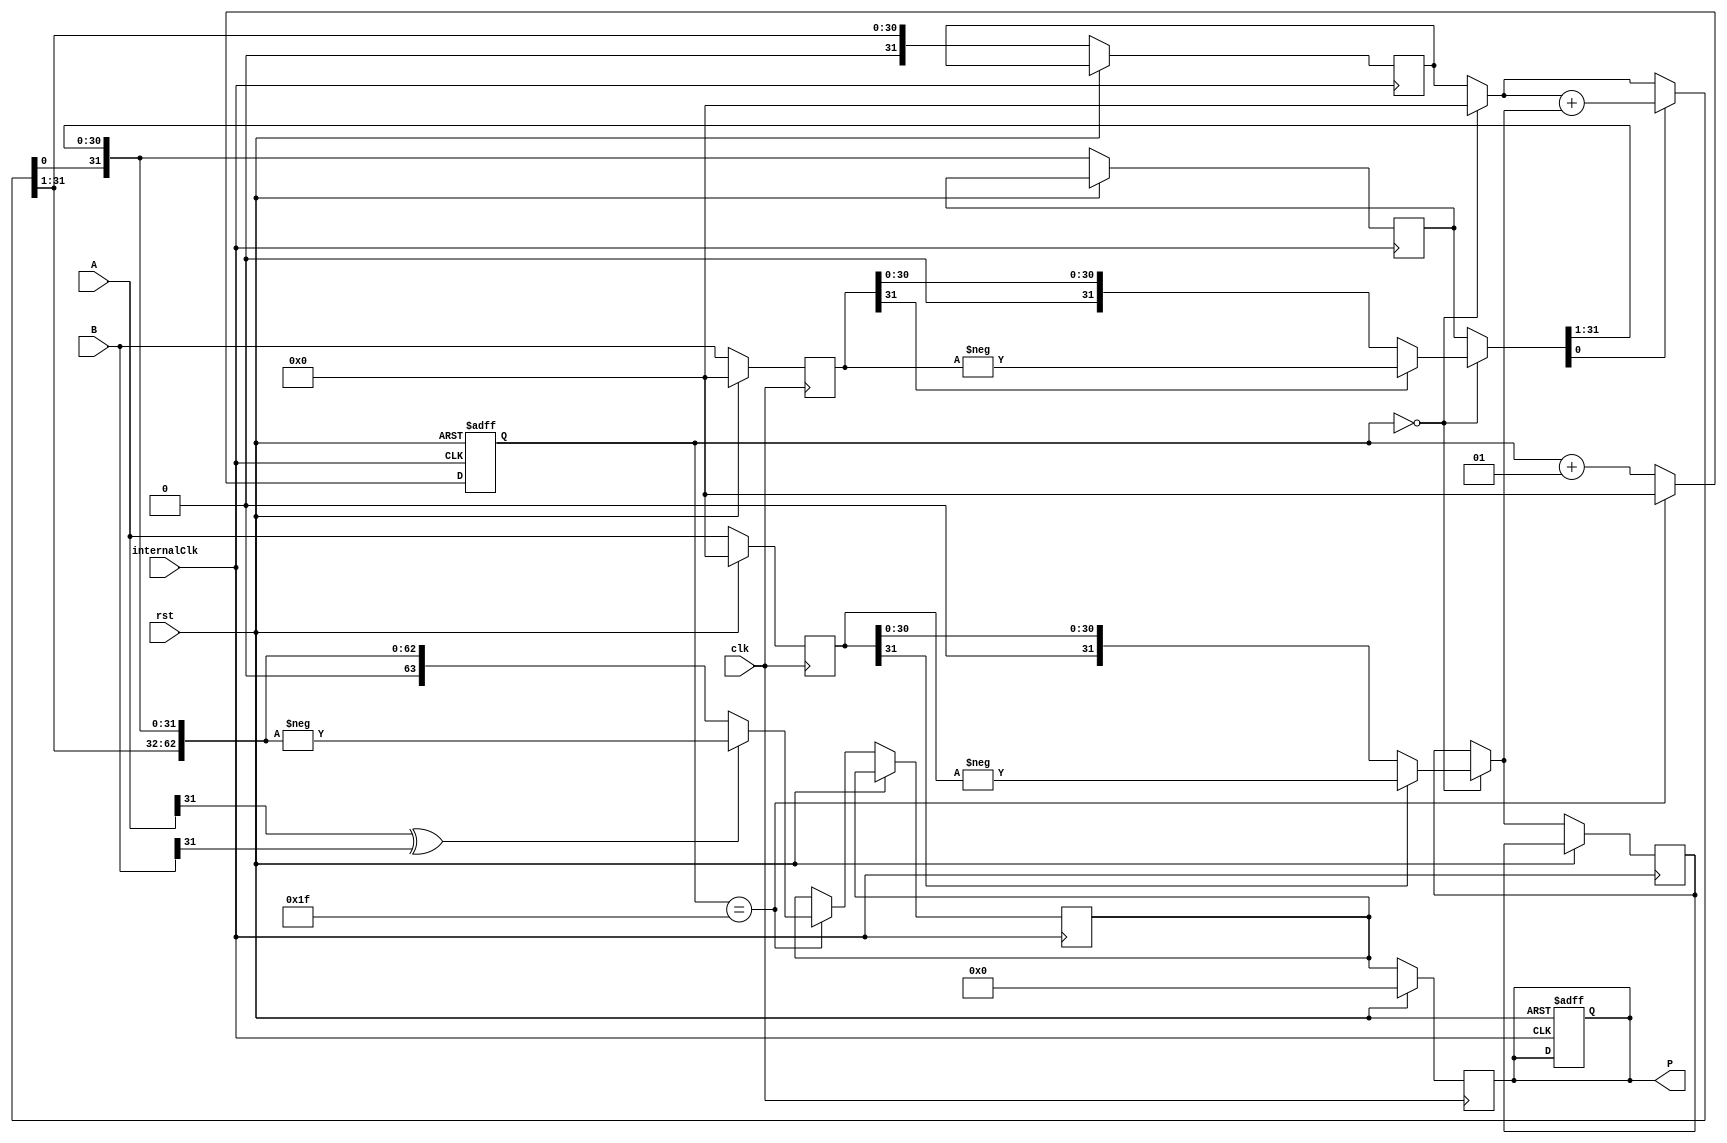
module SeqMultPre (
    clk,
    internalClk,
                rst,
                A,
                B,
                P);
    input clk, rst,internalClk;
    input signed [31:0] A, B;
    output reg [63:0] P;
    
    wire start, sign;
    integer counter;
    
    assign start = (counter == 0);
    assign sign  = A[31] ^ B[31];
    
    reg [31:0] multiplicand, multiplier, Accumulator;
    

    // Input Registers

  reg [31:0] A_reg, B_reg;
  reg [63:0] P_reg; 

  always @(posedge clk) begin
    if (rst) begin 
        A_reg <= 32'b0; B_reg <= 32'b0;
    end
    else begin A_reg <= A; B_reg <= B ;
    end
    end




    always @(posedge internalClk, posedge rst) begin
        if (rst) begin
            counter = 0;
            P       = 0;
            end else begin
            if (start) begin
                multiplicand            = A_reg;
                if (A_reg[31]) multiplicand = -A_reg;
                
                multiplier            = B_reg;
                if (B_reg[31]) multiplier = -B_reg;
                
                Accumulator = 0;
            end
            
            if (multiplier[0]) Accumulator = Accumulator + multiplicand;
            else Accumulator               = Accumulator;
            
            {Accumulator, multiplier} = {Accumulator, multiplier} >> 1;
            
            if (counter == 31) begin
                counter          = 0;
                P_reg                = {Accumulator, multiplier};
                if (sign) P_reg      = -P_reg;
                end else counter = counter + 1;
            end
        end
          always @(posedge clk) begin
    if (rst)  P <= 64'b0;
    else P <= P_reg ;
    end
        endmodule